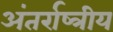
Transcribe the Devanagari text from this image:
अंतर्राष्त्रीय